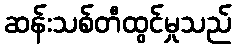
ဆန်းသစ်တီထွင်မှုသည်